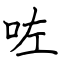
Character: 咗